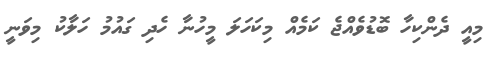
މިއީ ދެންކިހާ ބޮޑުވެއްޖެ ކަމެއް މިކަހަލަ މީހުނާަ ހެދި ގައުމު ހަލާަކު މިވަނީ